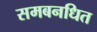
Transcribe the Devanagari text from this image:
समबनधित